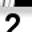
Digit: 2